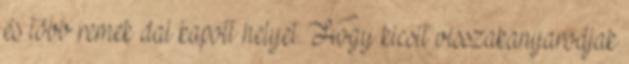
és több remek dal kapott helyet. Hogy kicsit visszakanyarodjak